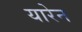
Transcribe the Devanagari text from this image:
यारेन